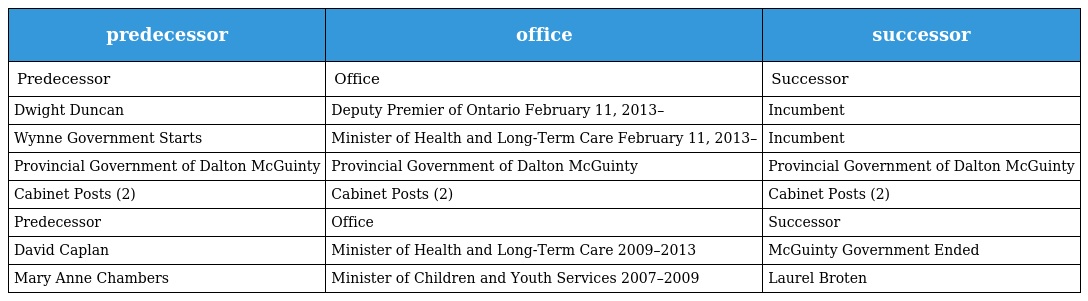
| predecessor | office | successor |
 | --- | --- | --- |
 | Predecessor | Office | Successor |
 | Dwight Duncan | Deputy Premier of Ontario February 11, 2013– | Incumbent |
 | Wynne Government Starts | Minister of Health and Long-Term Care February 11, 2013– | Incumbent |
 | Provincial Government of Dalton McGuinty | Provincial Government of Dalton McGuinty | Provincial Government of Dalton McGuinty |
 | Cabinet Posts (2) | Cabinet Posts (2) | Cabinet Posts (2) |
 | Predecessor | Office | Successor |
 | David Caplan | Minister of Health and Long-Term Care 2009–2013 | McGuinty Government Ended |
 | Mary Anne Chambers | Minister of Children and Youth Services 2007–2009 | Laurel Broten |